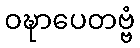
ဝဍ္ဎာပေတဗ္ဗံ